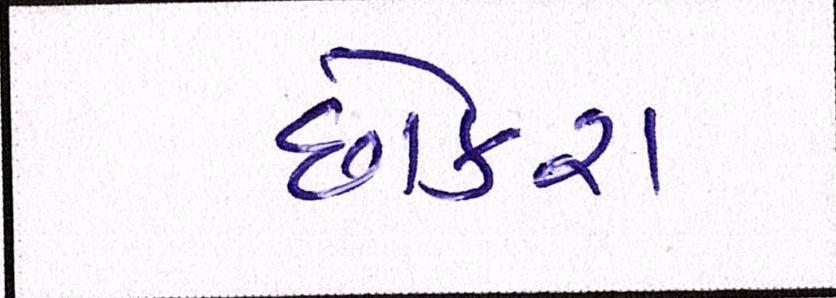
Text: છોકરા